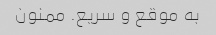
به موقع و سریع. ممنون